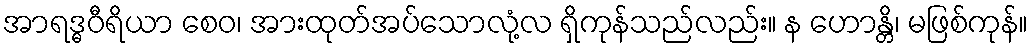
အာရဒ္ဓဝီရိယာ စေဝ၊ အားထုတ်အပ်သောလုံ့လ ရှိကုန်သည်လည်း။ န ဟောန္တိ၊ မဖြစ်ကုန်။